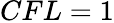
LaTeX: CFL=1